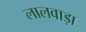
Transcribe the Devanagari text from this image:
लालवाड़ा